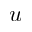
u